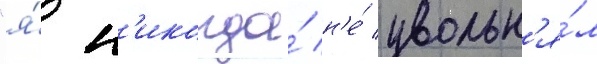
"я́ н'икогда́ н'е́ увольн'я́л